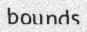
bounds